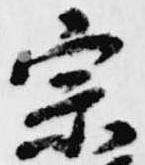
宗